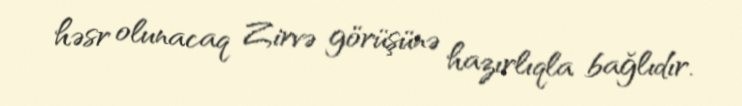
həsr olunacaq Zirvə görüşünə hazırlıqla bağlıdır.